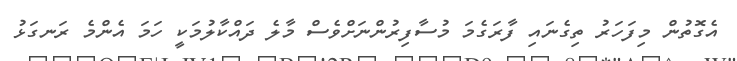
އެގޮތުން މިފަހަރު ތިގެނައި ފާރަގެމަ މުސާފިރުންނަށްވެސް މާލެ ދައްކާލުމަކީ ހަމަ އެންމެ ރަނގަޅު